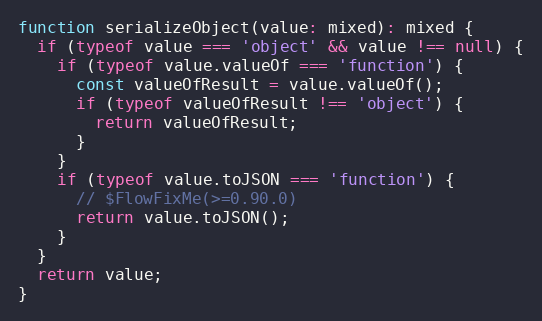
Language: JavaScript
function serializeObject(value: mixed): mixed {
  if (typeof value === 'object' && value !== null) {
    if (typeof value.valueOf === 'function') {
      const valueOfResult = value.valueOf();
      if (typeof valueOfResult !== 'object') {
        return valueOfResult;
      }
    }
    if (typeof value.toJSON === 'function') {
      // $FlowFixMe(>=0.90.0)
      return value.toJSON();
    }
  }
  return value;
}